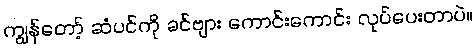
ကျွန်တော့် ဆံပင်ကို ခင်ဗျား ကောင်းကောင်း လုပ်ပေးတာပဲ။